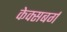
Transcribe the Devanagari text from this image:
केक्सबर्ग